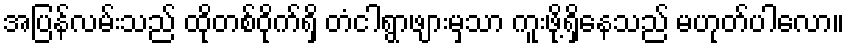
အပြန်လမ်းသည် ထိုတစ်ဝိုက်ရှိ တံငါရွာဖျားမှသာ ကူးဖို့ရှိနေသည် မဟုတ်ပါလော။